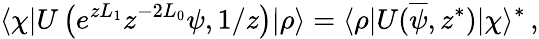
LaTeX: \langle\chi|U\left(e^{zL_{1}}z^{-2L_{0}}\psi,1/z\right)|\rho\rangle=\langle\rho|U(\overline{{\psi}},z^{\ast})|\chi\rangle^{\ast}\, ,